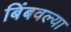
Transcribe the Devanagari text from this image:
बिंबवल्या